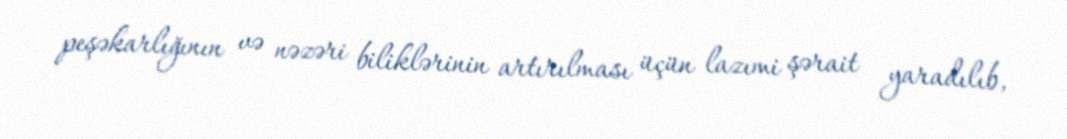
peşəkarlığının və nəzəri biliklərinin artırılması üçün lazımi şərait yaradılıb,